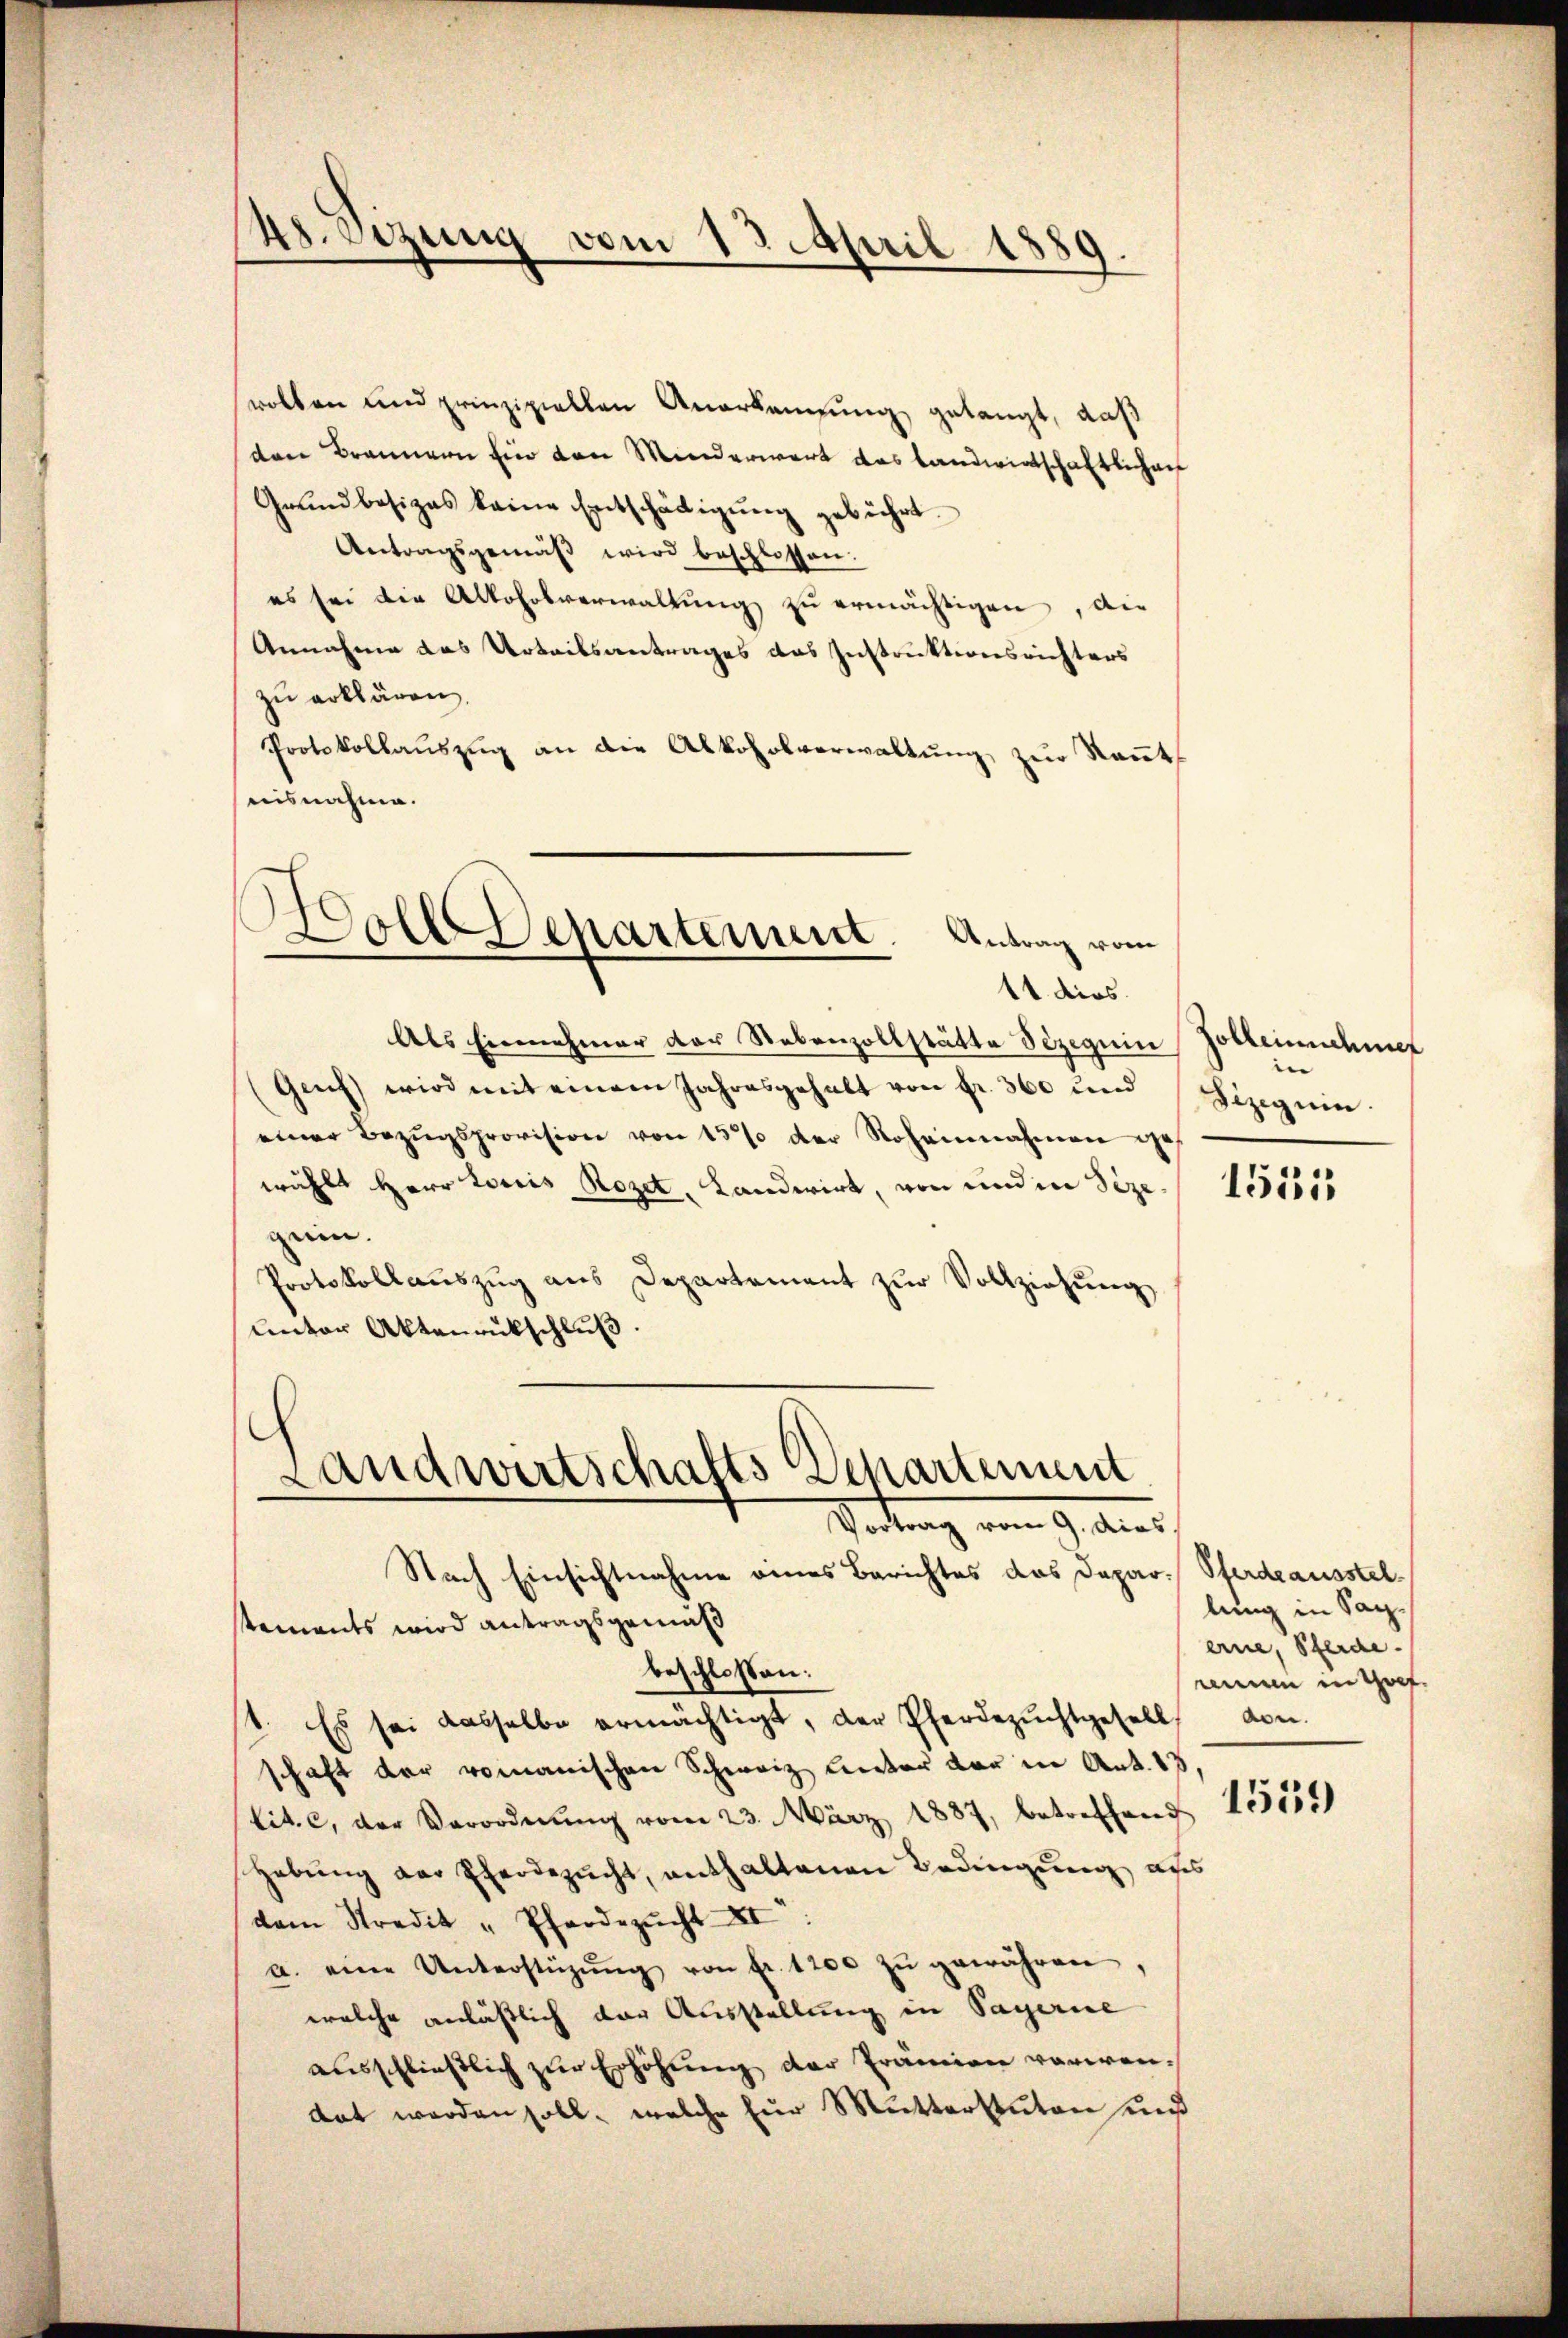
48. Dezung vom 13. April 1889.

wolten und prinzipiellen Anerkennung gelangt, daß
den Brannern Ein den Minderwert das Landwirtschaftshau
Grundbesizes keine Entschädigŭng gebührt.
Antragsgemäβ wird beschlossen:
es sei die Alkoholverwaltŭng zu ermächtigen, die
Annahme das Urteilsantrages das Instruktionsrichters
zu erklären.
Protokollaŭszŭg an die Alkoholverwaltŭng zŭr Keṅt
nisnahme.

11 dies.
Als Einnehmer der Nebenzollstätte dezeguin
Genf) wird mit einem Jahresgehalt von Fr. 360 und
einer Bezŭgsprovision von 15% der Roheinnahmen ges
wählt Herr Loris Rozet, Landwirt, von und in Sizezen.
Protokollaŭszŭg ans Departement zŭr Vollziehŭng
unter Aktenrütschlŭβ
Nach Einsichtnahme eines Berichtes das Daparstements wird antragsgemäß
beschloßen:
t. Es sei dasselbe ermächtigt, der Pferdezŭchtgesell
schaft der romanischen Schweiz lector der in Art. 13
(lit. c, der Verordnŭng vom 23. März 1887, betreffend
habŭng der Pferdezucht, enthaltenen Bedingung, al
dem Stredit "Pferdezucht XI
a. eine Unterstüzŭng von fr. 1200 zŭ gewähren
welche anläßlich der Ausstellung in Sagerie
ausschließlich zur Erhöhung der Prämien verwendat werden soll, welche für Mutterstuten und

Wollenartement. Antrag vom

Landwirtschafts Departement
Portung vom 9. den

Holbeinschmer
e
Sizig ein

1555

Pferdeausstel
lung in Sanerne, Pferde.
rennen in Hof
don.

1559